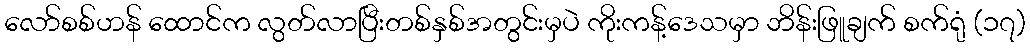
လော်စစ်ဟန် ထောင်က လွတ်လာပြီးတစ်နှစ်အတွင်းမှပဲ ကိုးကန့်ဒေသမှာ ဘိန်းဖြူချက် စက်ရုံ (၁၇)